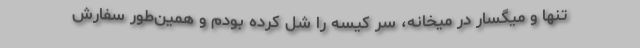
تنها و میگسار در میخانه، سر کیسه را شل کرده بودم و همین‌طور سفارش